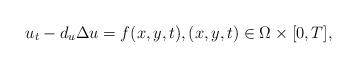
LaTeX: \begin{align*}u_t - d_u \Delta u = f(x,y,t), (x,y,t) \in \Omega \times [0,T],\end{align*}